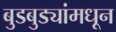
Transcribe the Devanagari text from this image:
बुडबुड्यांमधून